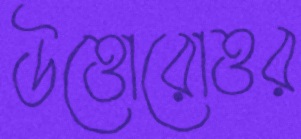
উত্তোরোত্তর